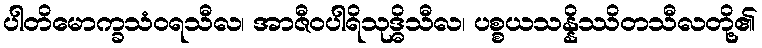
ပါတိမောက္ခသံဝရသီလ၊ အာဇီဝပါရိသုဒ္ဓိသီလ၊ ပစ္စယသန္နိဿိတသီလတို့၏